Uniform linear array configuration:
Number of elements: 16
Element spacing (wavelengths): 0.75
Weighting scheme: blackman
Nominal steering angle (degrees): -45
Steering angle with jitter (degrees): -45.642
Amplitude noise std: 0.05
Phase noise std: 0.05

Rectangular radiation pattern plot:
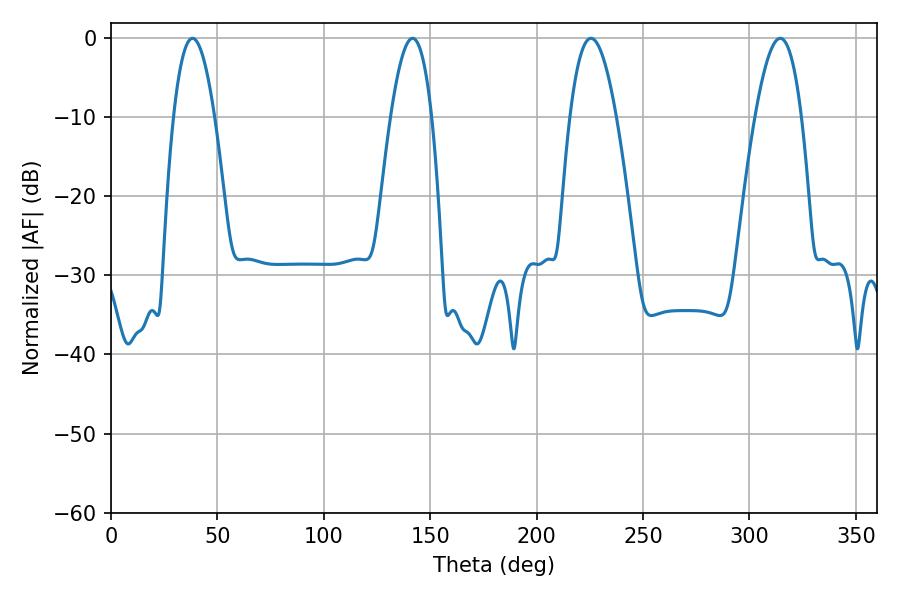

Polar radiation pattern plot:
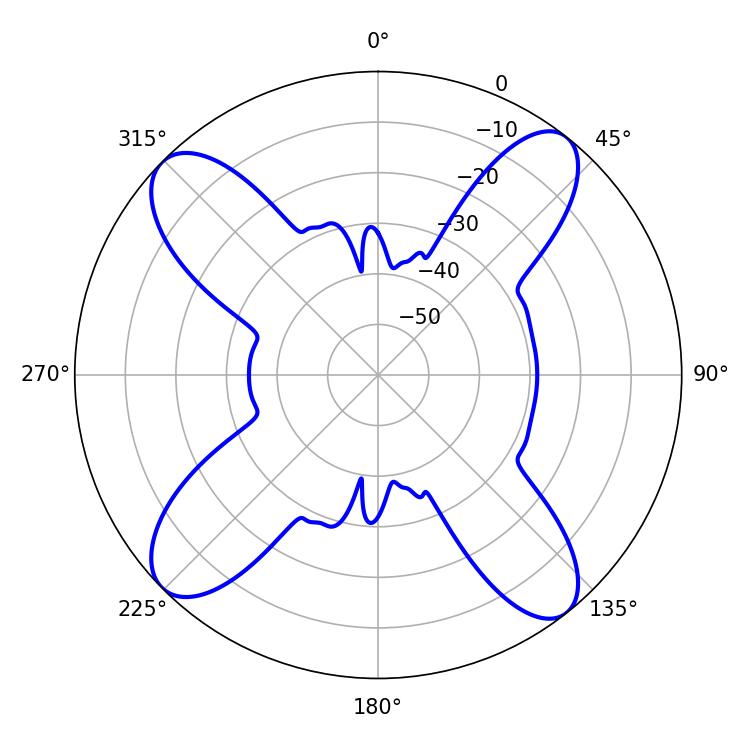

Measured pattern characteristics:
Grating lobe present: TRUE
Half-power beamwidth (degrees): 11.88
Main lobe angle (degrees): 225.54